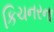
કિચનરના